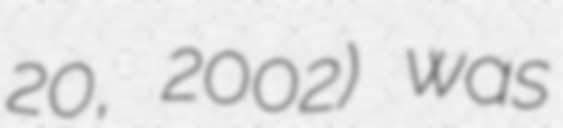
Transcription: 20, 2002) was